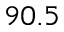
9 0 . 5